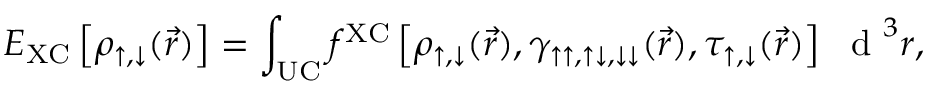
E _ { \mathrm { X C } } \left[ \rho _ { \uparrow , \downarrow } ( \vec { r } ) \right] = \int _ { \mathrm { U C } } f ^ { \mathrm { X C } } \left[ \rho _ { \uparrow , \downarrow } ( \vec { r } ) , \gamma _ { \uparrow \uparrow , \uparrow \downarrow , \downarrow \downarrow } ( \vec { r } ) , \tau _ { \uparrow , \downarrow } ( \vec { r } ) \right] ~ \textrm { d } ^ { 3 } r ,